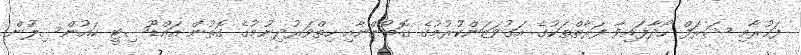
ފަޚުރާއި ޝަރަފް ހޯދާފައިވާ ފަރާތްތަކުގެ އަގުވަޒަންކުރުމުގެ ގޮތުންނާއި ހިތްވަރުދިނުމުގެ ގޮތުން އައްޑޫސިޓީ ކައުންސިލުން